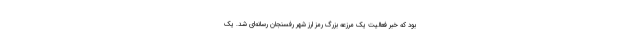
بود که خبر فعالیت یک مرزعه بزرگ رمز ارز شهر رفسنجان رسانه‌ای شد. یک